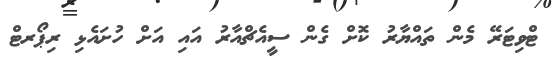
ޓްވިޓަރޭ މެން ތައްޔާރު ކޮށް ގެން ސީއެޗްއާރު އައި އަށް ހުށައެޅި ރިޕޯރޓް